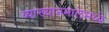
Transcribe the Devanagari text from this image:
व्याख्यानमालेमध्ये